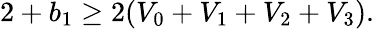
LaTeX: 2+b_{1}\geq 2(V_{0}+V_{1}+V_{2}+V_{3}).